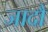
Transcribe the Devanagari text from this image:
जादौ